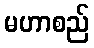
မဟာစည်